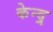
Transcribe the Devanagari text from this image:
केन्द्र्